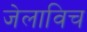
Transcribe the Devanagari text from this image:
जेलाविच